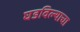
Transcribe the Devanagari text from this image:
घडविल्याचा